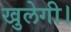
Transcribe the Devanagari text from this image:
खुलेगी।